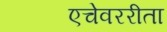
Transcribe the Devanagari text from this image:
एचेवररीता